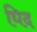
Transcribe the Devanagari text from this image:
घिद